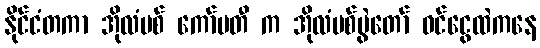
နိုင်ငံတကာ အိုလံပစ် ကော်မတီ က အိုလံပစ်ပွဲတော် ဝင်ငွေထဲကနေ